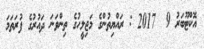
އޮކްޓޫބަރު 9  2017 : ރައްޔިތުންގެ މަޖިލީހުގެ ތިންވަނަ ދައުރުގެ ފުރަތަމަ